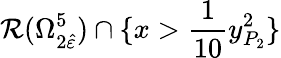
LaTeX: \mathcal{R}(\Omega_{2\hat{\varepsilon}}^{5})\cap\{ x>\frac{1}{10}{y_{P_{2}}^{2}}\}